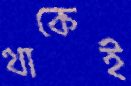
থাকেই